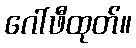
ဂေါ်ဖီထုတ်။